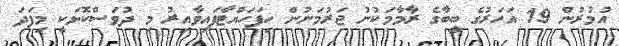
އުމުރުން 19 އަހަރުގެ ބީބާގެ ރާމާމަކުނު ޖަރުމަނުން ހިފަހައްޓާފައިވާއިރު މި ދުވަސްކޮޅަކީ މިފަދަ